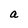
Character: a